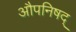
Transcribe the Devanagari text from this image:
औपनिषद्